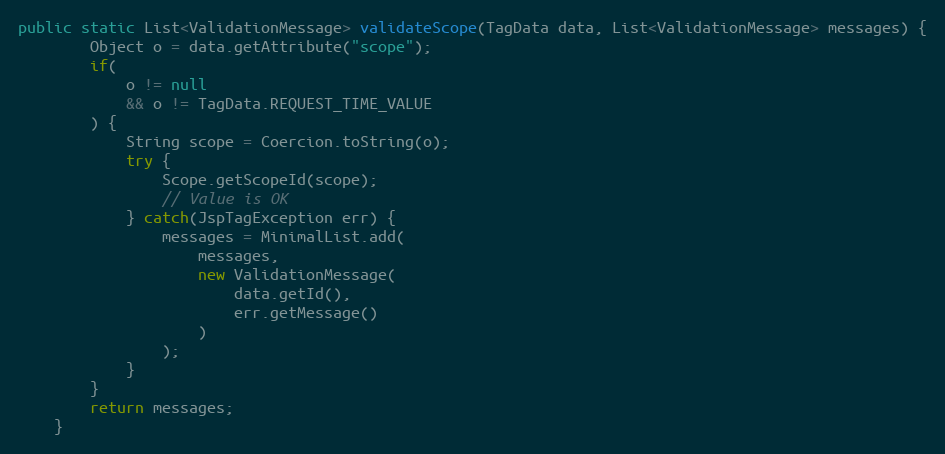
Language: Java
public static List<ValidationMessage> validateScope(TagData data, List<ValidationMessage> messages) {
		Object o = data.getAttribute("scope");
		if(
			o != null
			&& o != TagData.REQUEST_TIME_VALUE
		) {
			String scope = Coercion.toString(o);
			try {
				Scope.getScopeId(scope);
				// Value is OK
			} catch(JspTagException err) {
				messages = MinimalList.add(
					messages,
					new ValidationMessage(
						data.getId(),
						err.getMessage()
					)
				);
			}
		}
		return messages;
	}